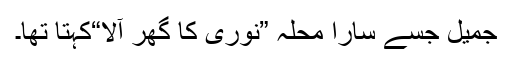
جمیل جسے سارا محلہ ”نوری کا گھر آلا“کہتا تھا۔